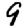
Digit: 9